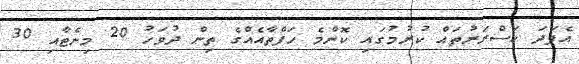
އެފަދަ ކަސްރަރުތައް ކުރުމުގައި ކޮންމެ ހަފްތާއެއްގެ ތިން ދުވަހު 20 މިނެޓާއި 30